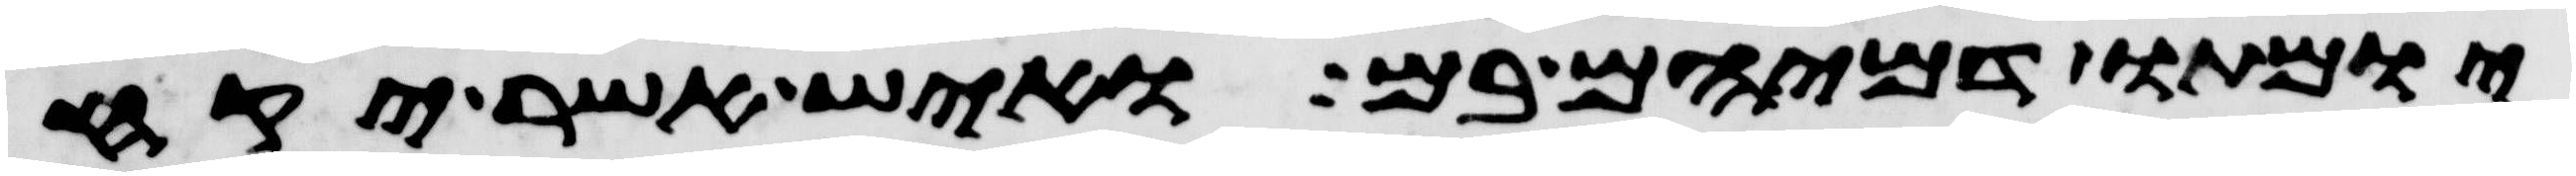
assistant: יומתו דמיהם בם ואיש אשר יקח